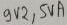
Text: 9V2,5VA